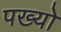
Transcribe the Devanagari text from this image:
पख्‍यो